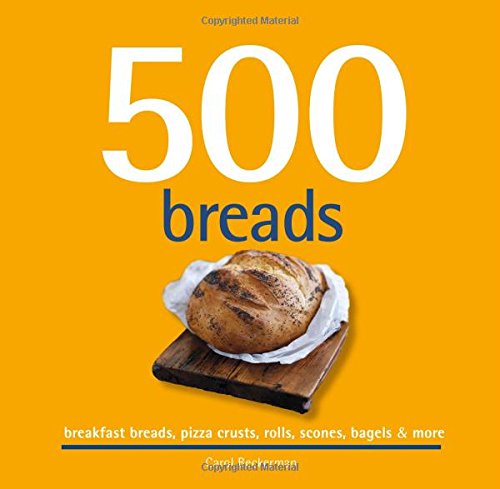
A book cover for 500 Breads: Breakfast Breads, Pizza Crusts, Rolls, Scones, Bagels & More (500 Cooking (Sellers)); Carol Beckerman; Cookbooks, Food & Wine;